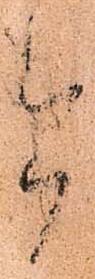
今